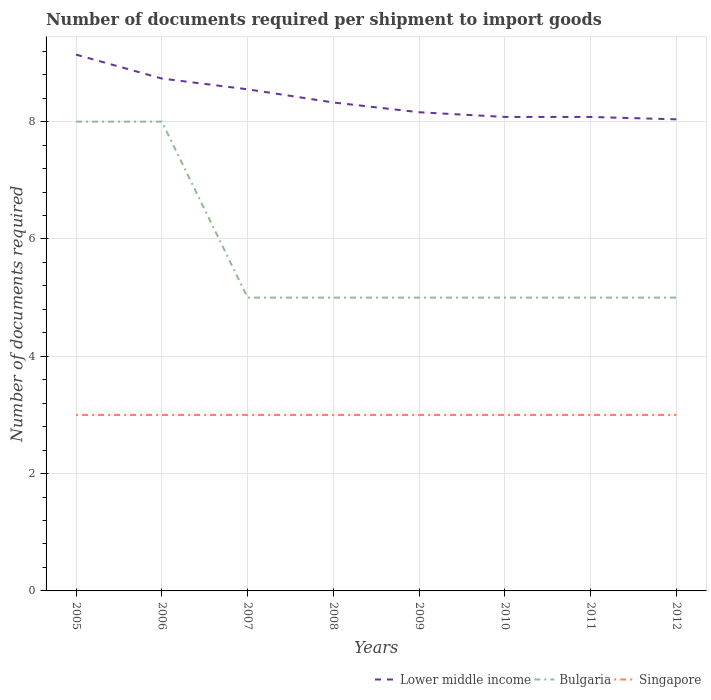
| Years | Lower middle income | Bulgaria | Singapore |
 | --- | --- | --- | --- |
 | 2005 | 9.14 | 8 | 3 |
 | 2006 | 8.73 | 8 | 3 |
 | 2007 | 8.55 | 5 | 3 |
 | 2008 | 8.33 | 5 | 3 |
 | 2009 | 8.16 | 5 | 3 |
 | 2010 | 8.08 | 5 | 3 |
 | 2011 | 8.08 | 5 | 3 |
 | 2012 | 8.04 | 5 | 3 |